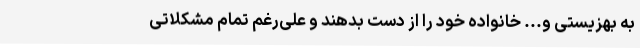
به بهزیستی و... خانواده خود را از دست بدهند و علی‌رغم تمام مشکلاتی